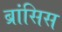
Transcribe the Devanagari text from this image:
ब्रांसिस